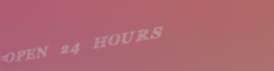
OPEN 24 HOURS